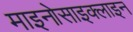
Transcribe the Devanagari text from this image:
माइनोसाइक्लाइन